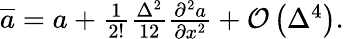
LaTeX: \begin{array}{r}{\overline{{{a}}}=a+\frac{1}{2!}\frac{\Delta^{2}}{12}\frac{\partial^{2}a}{\partial x^{2}}+\mathcal{O}\left(\Delta^{4}\right).}\end{array}